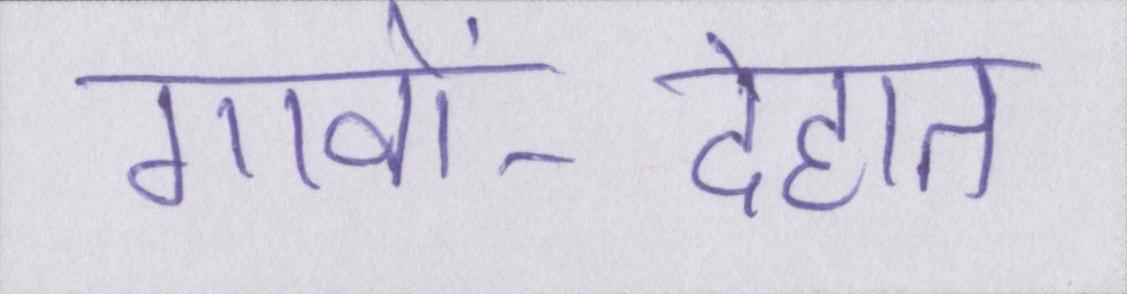
गावों-देहात